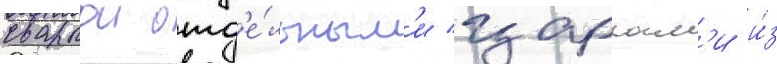
сваркои отд'е́льным'и царгам'и и́з